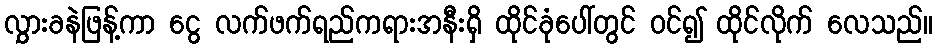
လွှားခနဲဖြန့်ကာ ငွေ လက်ဖက်ရည်ကရားအနီးရှိ ထိုင်ခုံပေါ်တွင် ဝင်၍ ထိုင်လိုက် လေသည်။